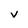
Character: v